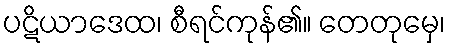
ပဋိယာဒေထ၊ စီရင်ကုန်၏။ တေတုမှေ၊